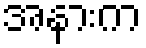
အနားက